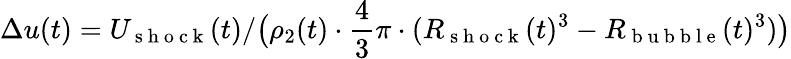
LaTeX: \Delta u(t)=U_{\mathrm{~s~h~o~c~k~}}(t)/\big(\rho_{2}(t)\cdot\frac{4}{3}\pi\cdot(R_{\mathrm{~s~h~o~c~k~}}(t)^{3}-R_{\mathrm{~b~u~b~b~l~e~}}(t)^{3})\big)